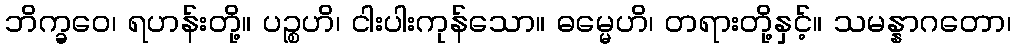
ဘိက္ခဝေ၊ ရဟန်းတို့။ ပဉ္စဟိ၊ ငါးပါးကုန်သော။ ဓမ္မေဟိ၊ တရားတို့နှင့်။ သမန္နာဂတော၊